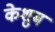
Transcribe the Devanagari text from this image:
केशुब